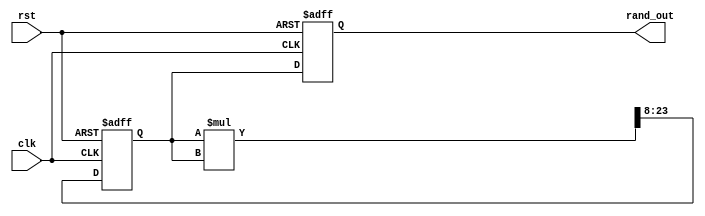
`timescale 1ns / 1ps
//////////////////////////////////////////////////////////////////////////////////
// Company: 
// Engineer: 
// 
// Design Name: 
// Module Name:    mid_square_method 
// Project Name: 
// Target Devices: 
// Tool versions: 
// Description: 
//
// Dependencies: 
//
// Revision: 
// Revision 0.01 - File Created
// Additional Comments: 
//
//////////////////////////////////////////////////////////////////////////////////
module mid_square_rng (
    input wire clk,
    input wire rst,
    output reg [15:0] rand_out
);

reg [15:0] seed;
reg [31:0] squared;
reg [15:0] next_seed;

always @(posedge clk or posedge rst) begin
    if (rst) begin
	     rand_out<=16'h5678;
        seed <= 16'h5678; // Initial seed value
                             
    end else begin
	     rand_out<=seed; 
        squared = seed * seed; // Square the seed to get a 32-bit result
        next_seed = squared[23:8]; // Extract the middle 16 bits from the 32-bit result
        seed <= next_seed; // Use the middle 16 bits as the next seed
             end
end

endmodule